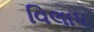
વિલાપ